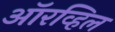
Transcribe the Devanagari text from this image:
ऑरव्हिल